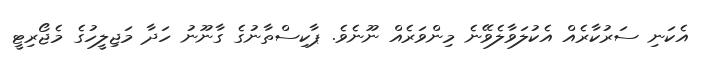
އެކަނި ސަރުކާރެއް އެކުލަވާލެވޭނެ މިންވަރެއް ނޫނެެވެ. ޕާކިސްތާނުގެ ގާނޫނު ހަދާ މަޖިލީހުގެ މެޖޯރިޓީ